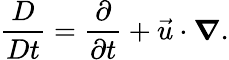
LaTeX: \frac{D}{Dt}=\frac{\partial}{\partial t}+\vec{u}\cdot\boldsymbol{\nabla}.